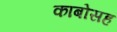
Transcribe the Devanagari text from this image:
काबोसह